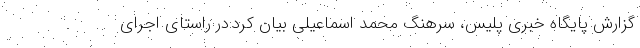
گزارش پایگاه خبری پلیس، سرهنگ محمد اسماعیلی بیان کرد:در راستای اجرای